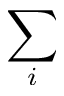
\sum _ { i }